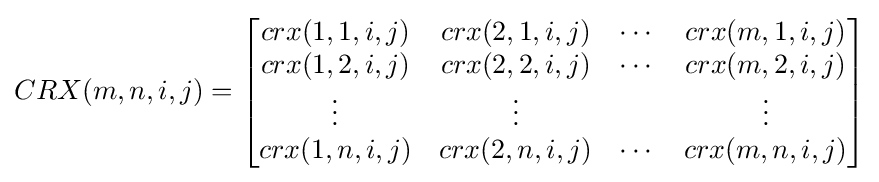
CRX(m,n,i,j)={\begin{bmatrix}crx(1,1,i,j)&crx(2,1,i,j)&\cdots &crx(m,1,i,j)\\crx(1,2,i,j)&crx(2,2,i,j)&\cdots &crx(m,2,i,j)\\\vdots &\vdots &&\vdots \\crx(1,n,i,j)&crx(2,n,i,j)&\cdots &crx(m,n,i,j)\end{bmatrix}}